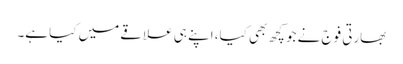
بھارتی فوج نے جو کچھ بھی کیا، اپنے ہی علاقے میں کیا ہے۔